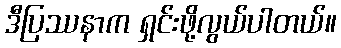
ဒီပြဿနာက ရှင်းဖို့လွယ်ပါတယ်။